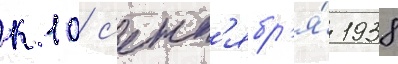
к 10 с'ент'ябр'я́ 1938